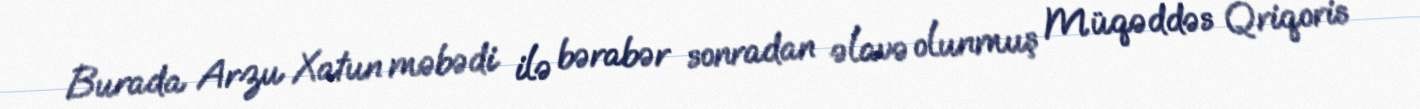
Burada Arzu Xatun məbədi ilə bərabər sonradan əlavə olunmuş Müqəddəs Qriqoris